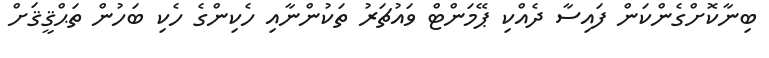
ބިނާކޮށްގެންކަން ފައިސާ ދެއްކި ޕޭމަންޓް ވައުޗަރު ތަކުންނާއި ހެކިންގެ ހެކި ބަހުން ތަޙްޤީޤަށް